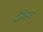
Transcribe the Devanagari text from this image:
देखिइल